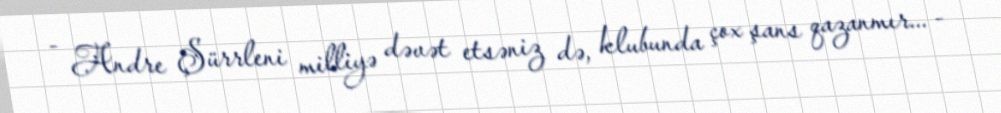
- Andre Şürrleni milliyə dəvət etsəniz də, klubunda çox şans qazanmır... -